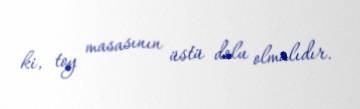
ki, toy masasının üstü dolu olmalıdır.